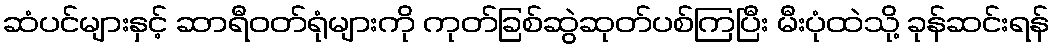
ဆံပင်များနှင့် ဆာရီဝတ်ရုံများကို ကုတ်ခြစ်ဆွဲဆုတ်ပစ်ကြပြီး မီးပုံထဲသို့ ခုန်ဆင်းရန်